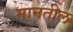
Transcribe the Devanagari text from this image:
मानतील